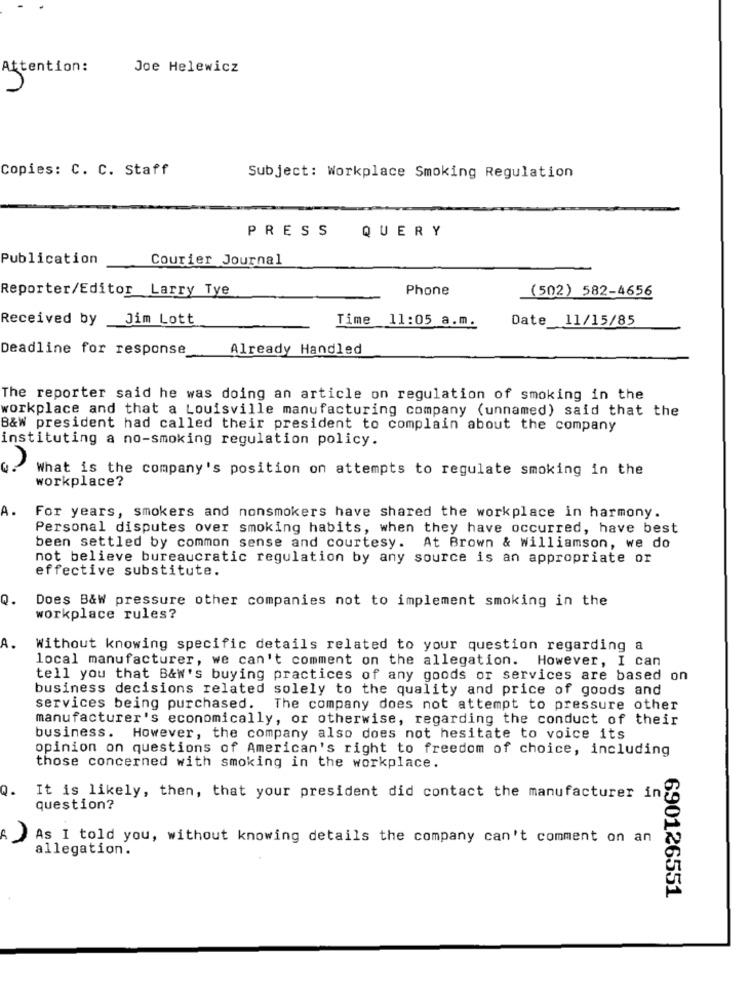
Attention:
Joe Helewicz
Copies: C. C. Staff
Subject: Workplace Smoking Regulation
PRESS
QUERY
Publication
Courier Journal
Reporter/Editor Larry Tye
Phone
(502) 582-4656
Received by Jim Lott
Time 11:05 a.m.
Date 11/15/85
Deadline for response
Already Handled
The reporter said he was doing an article on regulation of smoking in the
workplace and that a Louisville manufacturing company (unnamed) said that the
B&W president had called their president to complain about the company
instituting a no-smoking regulation policy.
What is the company's position on attempts to regulate smoking in the
workplace?
For years, smokers and nonsmokers have shared the workplace in harmony.
Personal disputes over smoking habits, when they have occurred, have best
been settled by common sense and courtesy. At Brown & Williamson, we do
not believe bureaucratic regulation by any source is an appropriate or
effective substitute.
Q.
Does B&W pressure other companies not to implement smoking in the
workplace rules?
Without knowing specific details related to your question regarding a
local manufacturer, we can't comment on the allegation. However, I can
tell you that B&w's buying practices of any goods or services are based on
business decisions related solely to the quality and price of goods and
services being purchased.
The company does not attempt to pressure other
manufacturer's economically, or otherwise, regarding the conduct of their
business. However, the company also does not hesitate to voice its
opinion on questions of American's right to freedom of choice, including
those concerned with smoking in the workplace.
Q.
It is likely, then, that your president did contact the manufacturer in
question?
As I told you, without knowing details the company can't comment on an
allegation.
690126551